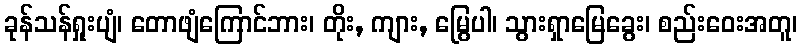
ခုန်သန်ရှုးပျံ၊ တောဖျံကြောင်ဘား၊ တိုး, ကျား, မြွေပါ၊ သွားရှာမြေခွေး၊ စည်းဝေးအတူ၊